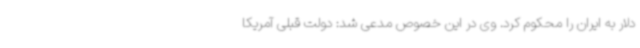
دلار به ایران را محکوم‌ کرد. وی در این خصوص مدعی شد: دولت قبلی آمریکا